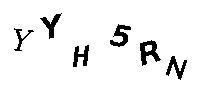
YYH5RN